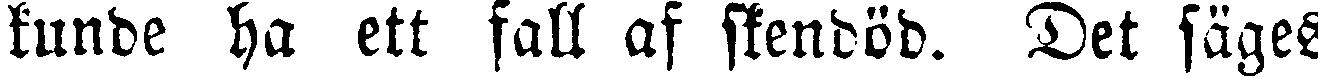
kunde ha ett fall af stendöd. Det säges